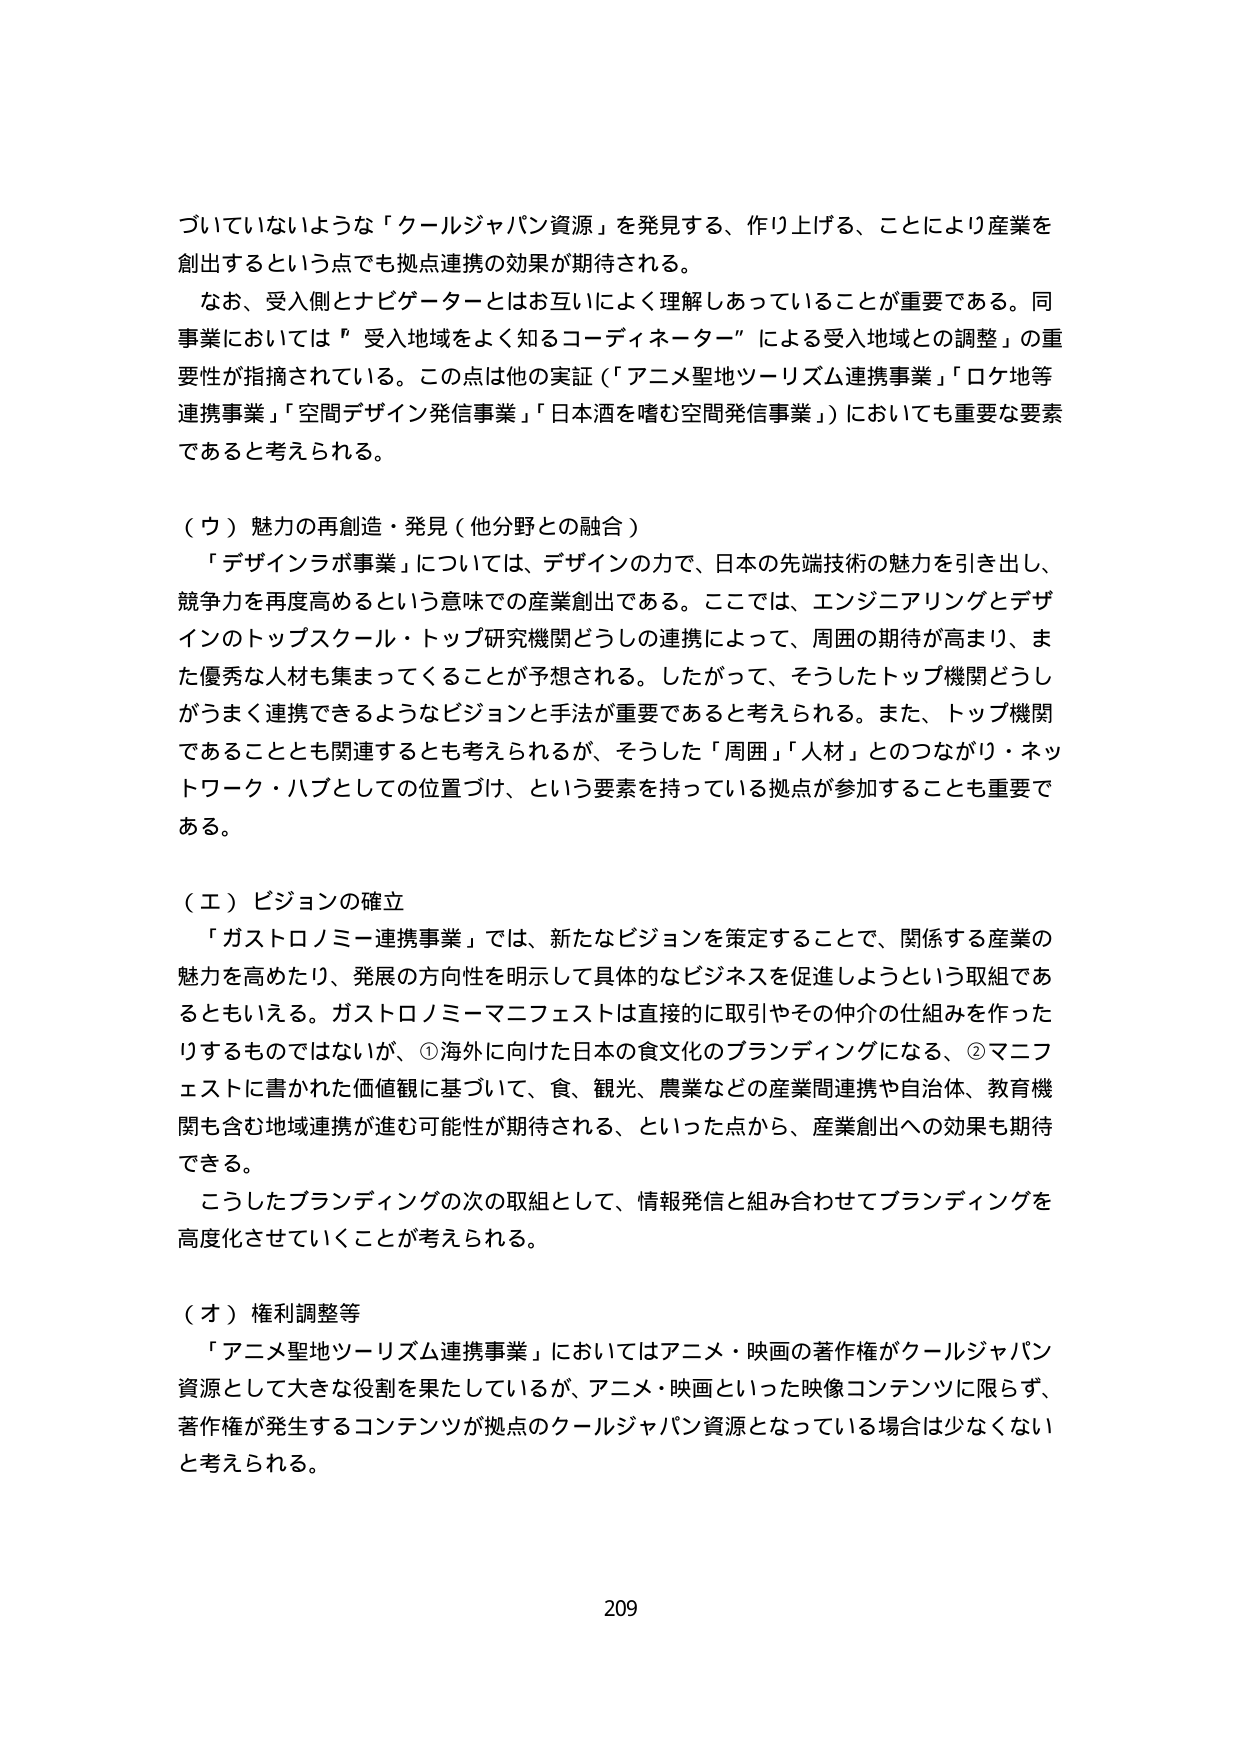
づいていないような「クールジャパン資源」を発見する、作り上げる、ことにより産業を創出するという点でも拠点連携の効果が期待される。

なお、受入側とナビゲーターとはお互いによく理解しあっていることが重要である。同事業においては「受入地域をよく知るコーディネーター」による受入地域との調整」の重要性が指摘されている。この点は他の実証（「アニメ聖地ツーリズム連携事業」「ロケ地等連携事業」「空間デザイン発信事業」「日本酒を嗜む空間発信事業」）においても重要な要素であると考えられる。

（ウ）魅力の再創造・発見（他分野との融合）

「デザインラボ事業」については、デザインの力で、日本の先端技術の魅力を引き出し、競争力を再度高めるという意味での産業創出である。ここでは、エンジニアリングとデザインのトップスクール・トップ研究機関どうしの連携によって、周囲の期待が高まり、また優秀な人材も集まってくることが予想される。したがって、そうしたトップ機関どうしがうまく連携できるようなビジョンと手法が重要であると考えられる。また、トップ機関であることとも関連するとも考えられるが、そうした「周囲」「人材」とのつながり・ネットワーク・ハブとしての位置づけ、という要素を持っている拠点が参加することも重要である。

（エ）ビジョンの確立

「ガストロノミー連携事業」では、新たなビジョンを策定することで、関係する産業の魅力を高めたり、発展の方向性を明示して具体的なビジネスを促進しようという取組であるともいえる。ガストロノミーマニフェストは直接的に取引やその仲介の仕組みを作ったりするものではないが、①海外に向けた日本の食文化のブランディングになる、②マニフェストに書かれた価値観に基づいて、食、観光、農業などの産業間連携や自治体、教育機関も含む地域連携が進む可能性が期待される、といった点から、産業創出への効果も期待できる。

こうしたブランディングの次の取組として、情報発信と組み合わせてブランディングを高度化させていくことが考えられる。

（オ）権利調整等

「アニメ聖地ツーリズム連携事業」においてはアニメ・映画の著作権がクールジャパン資源として大きな役割を果たしているが、アニメ・映画といった映像コンテンツに限らず、著作権が発生するコンテンツが拠点のクールジャパン資源となっている場合は少なくないと考えられる。

209